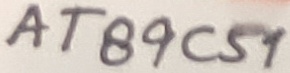
Text: AT89C51